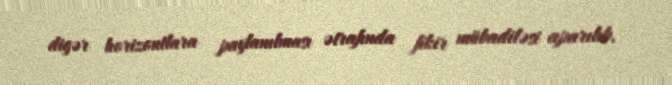
digər horizontlara paylanılması ətrafında fikir mübadiləsi aparılıb.